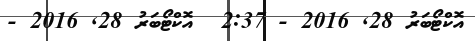
އޮކްޓޯބަރު 28